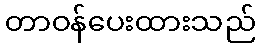
တာဝန်ပေးထားသည်